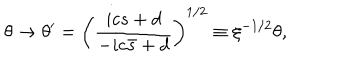
LaTeX: \theta \rightarrow \theta ^ { \prime } = \left( \frac { i c s + d } { - i c \bar { s } + d } \right) ^ { 1 / 2 } \equiv \xi ^ { - 1 / 2 } \theta ,